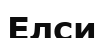
Елси